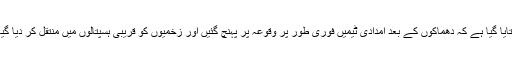
بتایا گیا ہے کہ دھماکوں کے بعد امدادی ٹیمیں فوری طور پر وقوعہ پر پہنچ گئیں اور زخمیوں کو قریبی ہسپتالوں میں منتقل کر دیا گیا۔